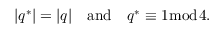
| q ^ { * } | = | q | \quad { \mathrm { a n d } } \quad q ^ { * } \equiv 1 { \bmod { 4 } } .